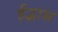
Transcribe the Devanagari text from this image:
ईद्भास